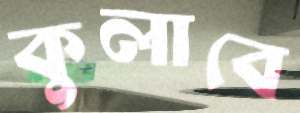
কুলাবে